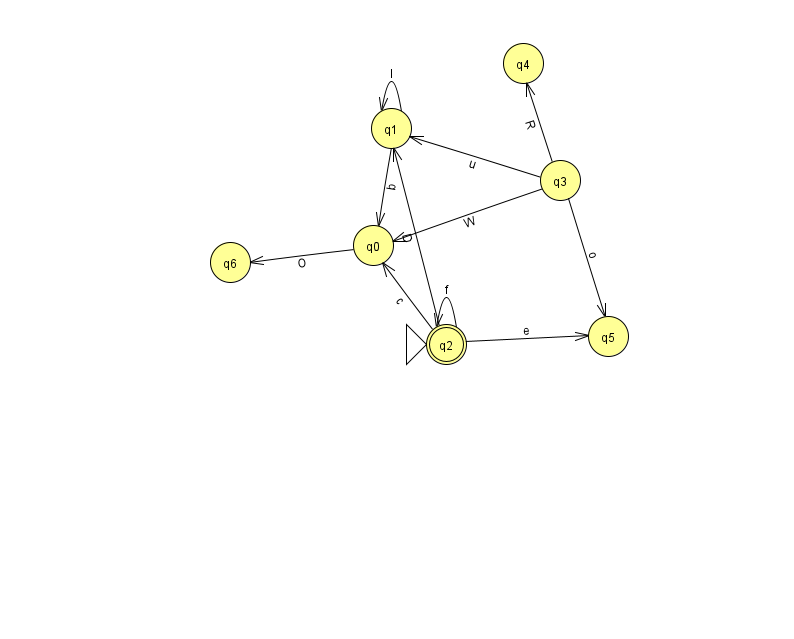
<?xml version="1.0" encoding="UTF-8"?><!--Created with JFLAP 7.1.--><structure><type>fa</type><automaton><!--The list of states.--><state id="0" name="q0"><x>373.0</x><y>232.0</y></state><state id="1" name="q1"><x>391.0</x><y>115.0</y></state><state id="2" name="q2"><x>446.0</x><y>331.0</y><initial/><final/></state><state id="3" name="q3"><x>560.0</x><y>167.0</y></state><state id="4" name="q4"><x>523.0</x><y>50.0</y></state><state id="5" name="q5"><x>608.0</x><y>323.0</y></state><state id="6" name="q6"><x>230.0</x><y>249.0</y></state><!--The list of transitions.--><transition><from>2</from><to>5</to><read>e</read></transition><transition><from>1</from><to>0</to><read>b</read></transition><transition><from>3</from><to>4</to><read>R</read></transition><transition><from>3</from><to>1</to><read>u</read></transition><transition><from>2</from><to>2</to><read>f</read></transition><transition><from>3</from><to>0</to><read>W</read></transition><transition><from>0</from><to>6</to><read>O</read></transition><transition><from>3</from><to>5</to><read>o</read></transition><transition><from>1</from><to>1</to><read>I</read></transition><transition><from>2</from><to>1</to><read>D</read></transition><transition><from>2</from><to>0</to><read>c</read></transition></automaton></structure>